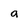
Character: a